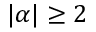
| \alpha | \geq 2